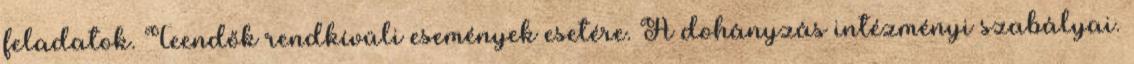
feladatok. Teendők rendkívüli események esetére. A dohányzás intézményi szabályai.